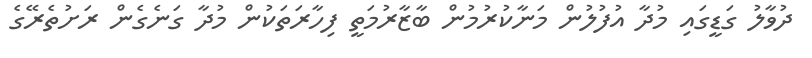
ދުވާލު ގަޑީގައި މުދާ އުފުލުން މަނާކުރުމުން ބާޒާރުމަތީ ފިހާރަތަކުން މުދާ ގަނެގެން ރަށުތެރޭގެ